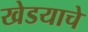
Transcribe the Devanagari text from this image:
खेडयाचे